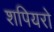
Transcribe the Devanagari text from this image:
शपियरो